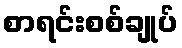
စာရင်းစစ်ချုပ်